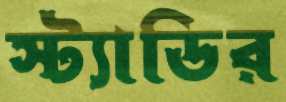
স্ট্যাডির